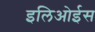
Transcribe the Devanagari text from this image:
इलिओईस